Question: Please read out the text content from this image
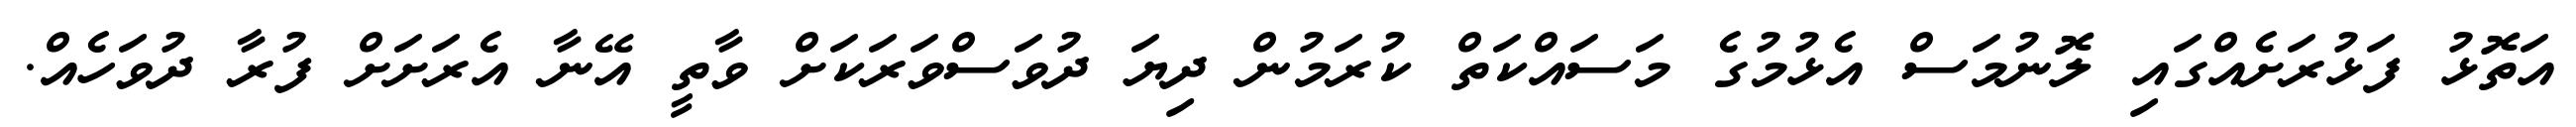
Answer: އަތޮޅު ފަޅުރަށެއްގައި ލޮނުމަސް އެޅުމުގެ މަސައްކަތް ކުރަމުން ދިޔަ ދުވަސްވަރަކަށް ވާތީ އޭނާ އެރަށަށް ފުރާ ދުވަހެއް.